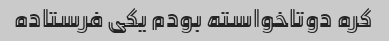
کره دوتاخواسته بودم یکی فرستاده